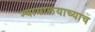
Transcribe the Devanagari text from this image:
न्यायालयाच्याच